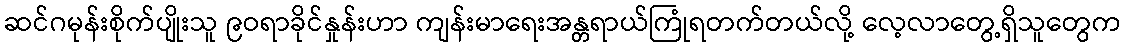
ဆင်ဂမုန်းစိုက်ပျိုးသူ ၉ဝရာခိုင်နှုန်းဟာ ကျန်းမာရေးအန္တရာယ်ကြုံရတက်တယ်လို့ လေ့လာတွေ့ရှိသူတွေက